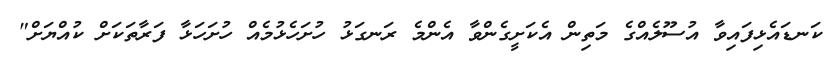
ކަނޑައެޅިފައިވާ އުސޫލެއްގެ މަތިން އެކަށީގެންވާ އެންމެ ރަނގަޅު ހުށަހެޅުމެއް ހުށަހަޅާ ފަރާތަކަށް ކުއްޔަށް"